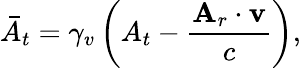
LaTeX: \bar{A}_{t}=\gamma_{v}\left(A_{t}-\frac{\mathbf{A}_{r}\cdot\mathbf{v}}{c}\right),